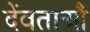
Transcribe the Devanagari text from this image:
देंवताऔं